Medical and sanitary report of the native army of Bengal for the year
Year: 1877
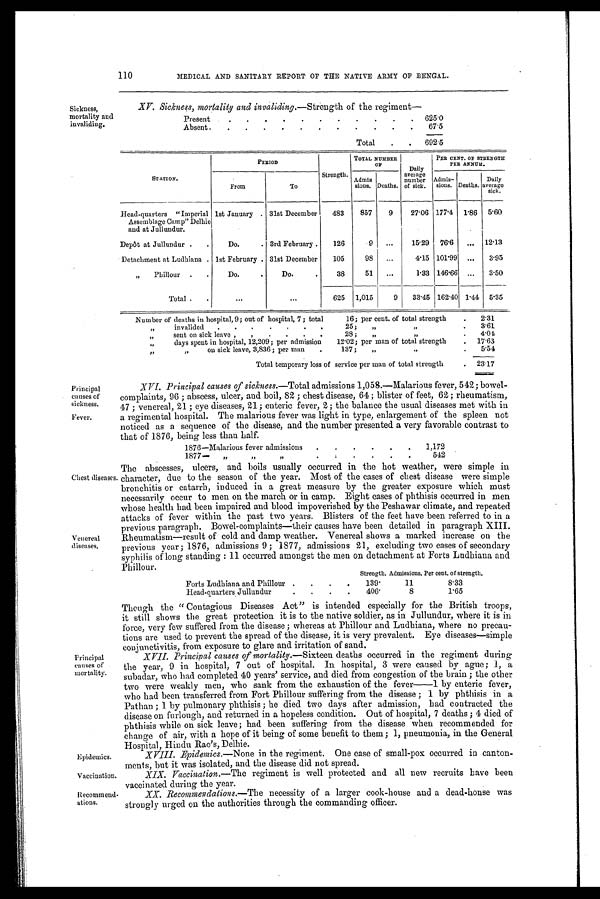
Epidemics.
Vaccination.
Recommend
.
ations.
110
MEDICAL AND SANITARY REPORT OF THE NATIVE ARMY OF BENGAL.
Sickness,
mortality and
invaliding.
XV. Sickness, mortality and invaliding.—Strength of the regiment—
Present
.
.
.
.
.
.
.
.
.
.
.
625.0
Absent .
.
.
.
.
.
.
.
.
.
.
.
67.5
Total
692.5
STATION.
PERIOD
Strength.
TOTAL. NUMBER
OF
Daily
average
number
of sick.
PER CENT. OF STRENGTH
PER ANNUM.
From
To
Admis
sions. Deaths.
Admis-
sions. Deaths.
Daily
average
sick.
Head-quarters "Imperial
Assemblage Camp" Delhie
and at Jullundur.
1st January . 31st December
483
857
9
27.06 177.4
1.86
5.60
Depôt at Jullundur
Do.
. 3rd February .
126
9
...
15.29
76.6
...
12.13
Detachment at Ludhiana . 1st February . 31st December
105
98
...
4.15 101.99
...
3.95
„
Phillour
.
.
Do.
.
Do.
.
38
51
...
1.33 146.66
...
3.50
Total .
.
. . .
...
625
1,015
9
33.45 162.40 1.44
5.35
Number of deaths in hospital, 9; out of hospital, 7; total
16; per cent. of total strength
.
2.31
„
invalided
.
.
.
.
.
.
.
25;
„
„
.
3.61
„
sent on sick leave „
28 ;
„
„
.
4.04
„
days spent in hospital, 12,209; per admission
12.02; per man of total strength
.
17.63
„ „
on sick leave, 3,836 ; per man
.
137 ;
,,
„
.
5.54
Total temporary loss of service per man of total strength
.
23.17
Principal
causes of
sickness.
Fever.
XVI. Principal causes of sickness.—Total admissions 1,058.—Malarious fever, 542; bowel-
complaints, 96; abscess, ulcer, and boil, 82; chest disease, 64; blister of feet, 62; rheumatism,
47; venereal, 21; eye diseases, 21; enteric fever, 2; the balance the usual diseases met with in
a regimental hospital. The malarious fever was light in type, enlargement of the spleen not
noticed as a sequence of the disease, and the number presented a very favorable contrast to
that of 1876, being less than half.
1876-Malarious fever admissions
.
.
.
.
1,172
1877—
„ „ „
.
.
.
.
.
542
Chest diseases
Venereal
diseases.
The abscesses, ulcers, and boils usually occurred in the hot weather, were simple in
character, due to the season of the year. Most of the cases of chest disease were simple
bronchitis or catarrh, induced in a great measure by the greater exposure which must
necessarily occur to men on the march or in camp. Eight cases of phthisis occurred in men
whose health had been impaired and blood impoverished by the Peshawar climate, and repeated
attacks of fever within the past two years. Blisters of the feet have been referred to in a
previous paragraph. Bowel-complaints—their causes have been detailed in paragraph XIII.
Rheumatism—result of cold and damp weather. Venereal shows a marked increase on the
previous year; 1876, admissions 9; 1877, admissions 21, excluding two cases of secondary
syphilis of long standing: 11 occurred amongst the men on detachment at Forts Ludhiana and
Phillour.
Strength. Admissions. Per cent. of strength.
Forts Ludhiana and Phillour .
.
.
.
139.
11
8.33
Head-quarters Jullundur
.
.
.
406.
8
1.65
Principal
causes of
mortality.
Though the "Contagious Diseases Act" is intended especially for the British troops,
it still shows the great protection it is to the native soldier, as in Jullundur, where it is in
Force, very few suffered from the disease; whereas at Phillour and Ludhiana, where no precau
-tions are used to prevent the spread of the disease, it is very prevalent. Eye diseases—simple
conjunctivitis, from exposure to glare and irritation of sand.
XVII. Principal causes of mortality.—Sixteen deaths occurred in the regiment during
the year, 9 in hospital, 7 out of hospital. In hospital, 3 were caused by ague; 1, a
subadar, who had completed 40 years' service, and died from congestion of the brain; the other
two were weakly men, who sank from the exhaustion of the fever—1 by enteric fever,
who had been transferred from Fort Phillour suffering from the disease; 1 by phthisis in a
Pathan; 1 by pulmonary phthisis; he died two days after admission, had contracted the
disease on furlough, and returned in a hopeless condition. Out of hospital, 7 deaths; 4 died of
phthisis while on sick leave; had been suffering from the disease when recommended for
change of air, with a hope of it being of some benefit to them; 1, pneumonia, in the General
Hospital, Hindu Rao's, Delhie.
XVIII. Epidemics.—None in the regiment. One case of small-pox occurred in canton-
ments, but it was isolated, and the disease did not spread.
XIX. Vaccination.—The regiment is well protected and all new recruits have been
vaccinated during the year.
XX. Recommendations.—The necessity of a larger cook-house and a dead-house was
strongly urged on the authorities through the commanding officer.